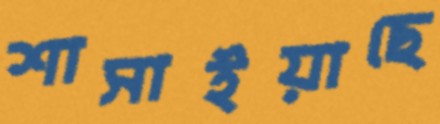
শাসাইয়াছে